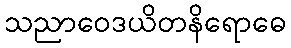
သညာဝေဒယိတနိရောဓေ